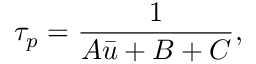
\tau _ { p } = \frac { 1 } { A \bar { u } + B + C } ,